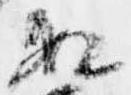
数